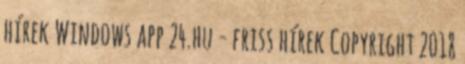
hírek Windows app 24.hu - friss hírek Copyright 2018